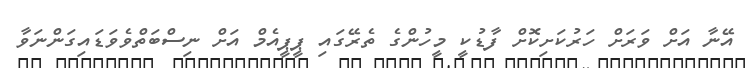
އޭނާ އަށް ވަރަށް ހަރުކަށިކޮށް ފާޑުކީ މީހުންގެ ތެރޭގައި ޕީޕީއެމް އަށް ނިސްބަތްވެވަޑައިގަންނަވާ